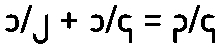
၁/၂ + ၁/၄ = ၃/၄